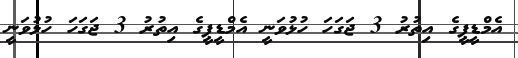
އެމްޑީޕީގެ އިތުރު 3 ޖަގަހަ ހުޅުވަނީ އެމްޑީޕީގެ އިތުރު 3 ޖަގަހަ ހުޅުވަނީ